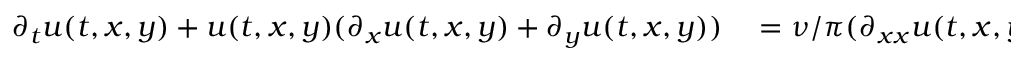
\begin{array} { r l } { \partial _ { t } u ( t , x , y ) + u ( t , x , y ) ( \partial _ { x } u ( t , x , y ) + \partial _ { y } u ( t , x , y ) ) } & { { } = \nu / \pi ( \partial _ { x x } u ( t , x , y ) + \partial _ { y y } u ( t , x , y ) ) , } \end{array}